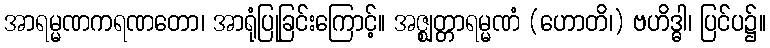
အာရမ္မဏကရဏတော၊ အာရုံပြုခြင်းကြောင့်။ အဇ္ဈတ္တာရမ္မဏံ (ဟောတိ၊) ဗဟိဒ္ဓါ၊ ပြင်ပ၌။